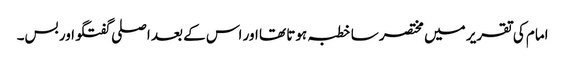
امام کی تقریر میں مختصر سا خطبہ ہوتا تھا اور اس کے بعد اصلی گفتگو اور بس۔